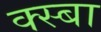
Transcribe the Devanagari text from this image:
क्स्बा